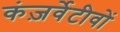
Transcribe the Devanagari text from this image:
कंज़र्वेटीवों